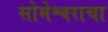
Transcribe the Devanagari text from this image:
सोमेश्वराचा